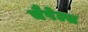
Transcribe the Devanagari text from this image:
चैपेल्स